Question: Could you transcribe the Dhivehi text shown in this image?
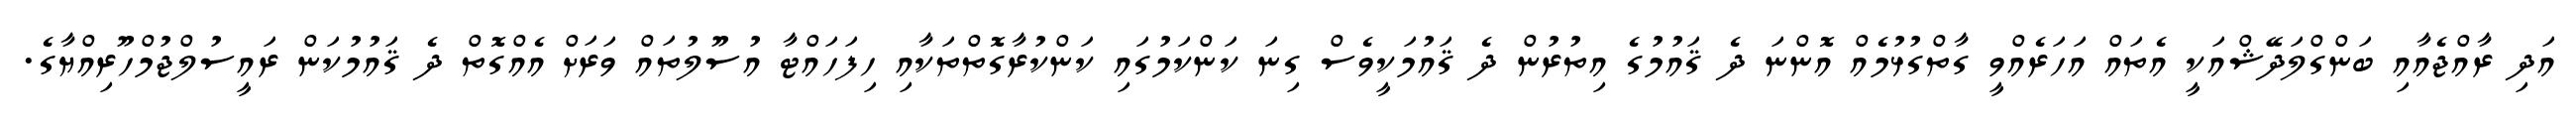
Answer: އަދި ރާއްޖެއާއި ބަންގްލަދޭޝްއަކީ އެތައް އަހަރެއްވީ ގާތްގުޅުމެއް އޮންނަ ދެ ޤައުމުގެ އިތުރުން ދެ ޤައުމަކީވެސް ގިނަ ކަންކަމުގައި ކަންކުރާގޮތްތަކާއި ހިފަހައްޓާ އުސޫލުތައް ވަރަށް އެއްގޮތް ދެ ޤައުމުކަން ރައީސުލްޖުމްހޫރިއްޔާގެ.